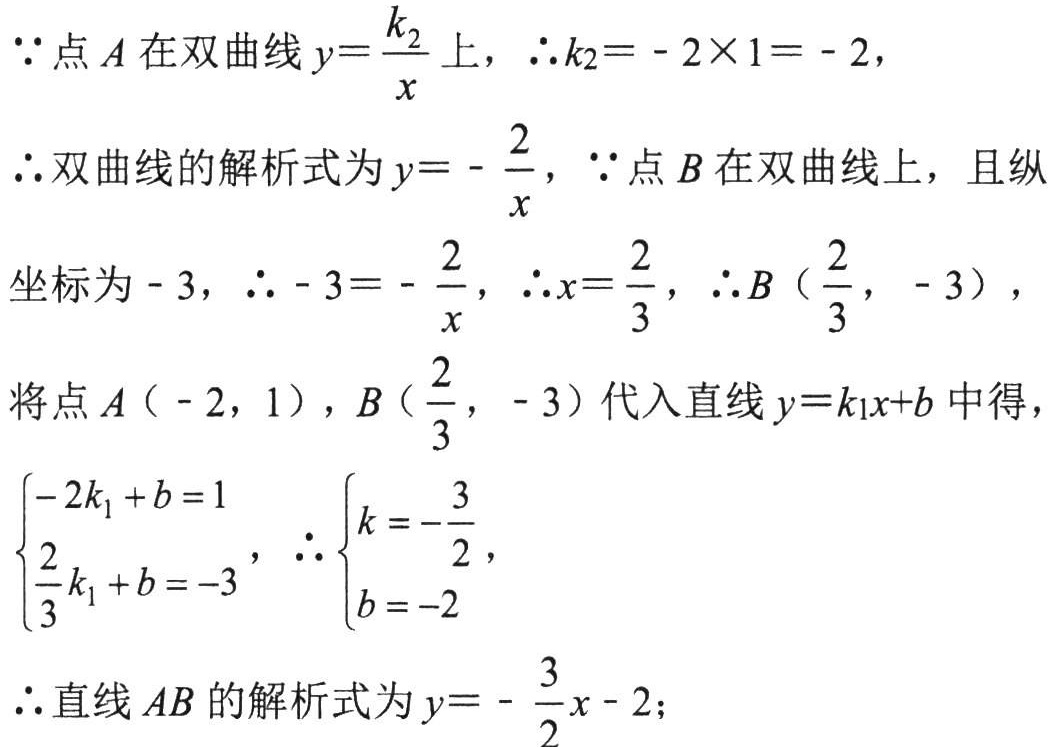
\(\because\)点\(A\)在双曲线\(y = \frac{k_{2}}{x}\)上，\(\therefore k_{2}=-2\times1 = - 2\)，
\(\therefore\)双曲线的解析式为\(y =-\frac{2}{x}\)，\(\because\)点\(B\)在双曲线上，且纵
坐标为\(-3\)，\(\therefore - 3=-\frac{2}{x}\)，\(\therefore x = \frac{2}{3}\)，\(\therefore B\left(\frac{2}{3},-3\right)\)，
将点\(A(-2,1)\)，\(B\left(\frac{2}{3},-3\right)\)代入直线\(y = k_{1}x + b\)中得，
\(\begin{cases}-2k_{1}+b = 1\\\frac{2}{3}k_{1}+b = - 3\end{cases}\)，\(\therefore\begin{cases}k =-\frac{3}{2}\\b = - 2\end{cases}\)，
\(\therefore\)直线\(AB\)的解析式为\(y =-\frac{3}{2}x - 2\)；